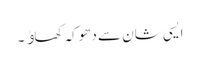
ایسی شان سے دھوکہ کھاﺅ۔